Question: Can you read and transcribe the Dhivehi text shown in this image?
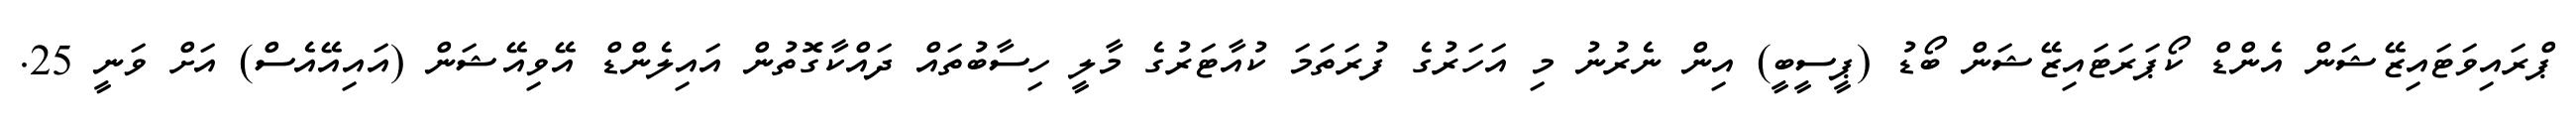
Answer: ޕްރައިވަޓައިޒޭޝަން އެންޑް ކޯޕަރަޓައިޒޭޝަން ބޯޑު (ޕީސީބީ) އިން ނެރުނު މި އަހަރުގެ ފުރަތަމަ ކުއާޓަރުގެ މާލީ ހިސާބުތައް ދައްކާގޮތުން އައިލެންޑް އޭވިއޭޝަން (އައިއޭއެސް) އަށް ވަނީ 25.